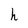
Character: h